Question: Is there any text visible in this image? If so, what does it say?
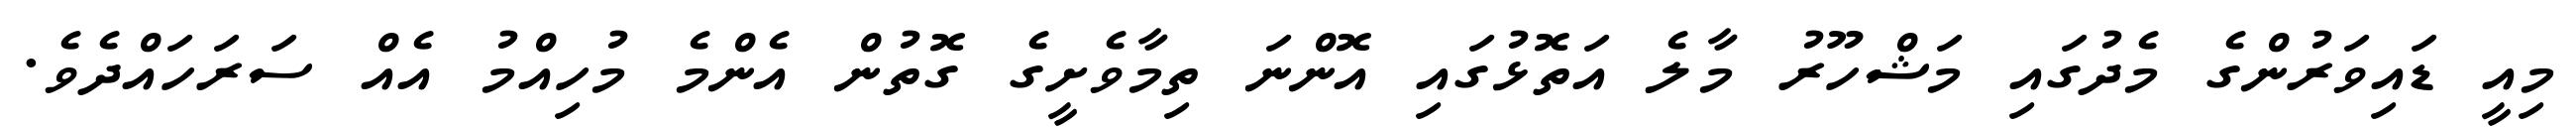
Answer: މިއީ ޑައިވަރުންގެ މެދުގައި މަޝްހޫރު މާލެ އަތޮޅުގައި އޮންނަ ތިމާވެށީގެ ގޮތުން އެންމެ މުހިއްމު އެއް ސަރަހައްދެވެ.